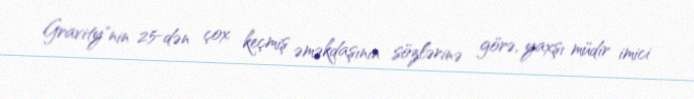
Gravity"nin 25-dən çox keçmiş əməkdaşının sözlərinə görə, yaxşı müdir imici